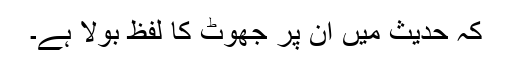
کہ حدیث میں ان پر جھوٹ کا لفظ بولا ہے۔